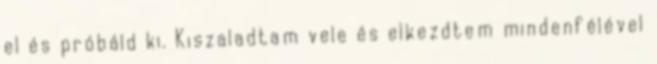
el és próbáld ki. Kiszaladtam vele és elkezdtem mindenfélével